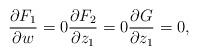
LaTeX: \begin{align*}\frac{\partial F_1}{\partial w} = 0 \frac{\partial F_2}{\partial z_1} = 0 \frac{\partial G}{\partial z_1} = 0 ,\end{align*}